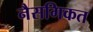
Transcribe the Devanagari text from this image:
नैसगिकत